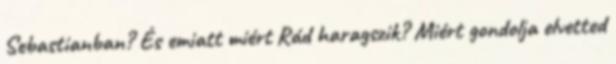
Sebastianban? És emiatt miért Rád haragszik? Miért gondolja elvetted